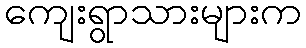
ကျေးရွာသားများက